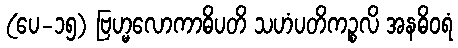
(ပေ-၁၅) ဗြဟ္မလောကာဓိပတိ သဟံပတိကဉ္စလိ အနဓိဝရံ